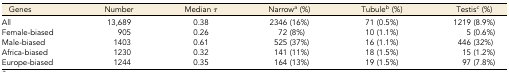
<table><thead><tr><td><b>Genes</b></td><td><b>Number</b></td><td><b>Median <i>τ</i></b></td><td><b>Narrow<i><sup>a</sup></i> (%)</b></td><td><b>Tubule<i><sup>b</sup></i> (%)</b></td><td><b>Testis<i><sup>c</sup></i> (%)</b></td></tr></thead><tbody><tr><td>All</td><td>13,689</td><td>0.38</td><td>2346 (16%)</td><td>71 (0.5%)</td><td>1219 (8.9%)</td></tr><tr><td>Female-biased</td><td>905</td><td>0.26</td><td>72 (8%)</td><td>10 (1.1%)</td><td>5 (0.6%)</td></tr><tr><td>Male-biased</td><td>1403</td><td>0.61</td><td>525 (37%)</td><td>16 (1.1%)</td><td>446 (32%)</td></tr><tr><td>Africa-biased</td><td>1230</td><td>0.32</td><td>141 (11%)</td><td>18 (1.5%)</td><td>15 (1.2%)</td></tr><tr><td>Europe-biased</td><td>1244</td><td>0.35</td><td>164 (13%)</td><td>19 (1.5%)</td><td>97 (7.8%)</td></tr></tbody></table>